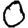
Digit: 0